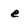
Character: e